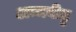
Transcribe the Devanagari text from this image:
अम्मवीडु